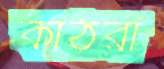
কাঠরা